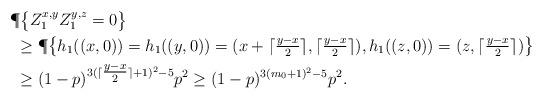
LaTeX: \begin{align*}&\P\big\{Z_{1}^{x,y}Z_{1}^{y,z}=0 \big\}\\&~\geq \P\big\{h_{1}((x,0))=h_{1}((y,0))=(x+\lceil\tfrac{y-x}{2}\rceil,\lceil\tfrac{y-x}{2}\rceil),h_{1}((z,0))=(z,\lceil\tfrac{y-x}{2}\rceil) \big\}\\&~\geq (1-p)^{3(\lceil\tfrac{y-x}{2}\rceil +1)^{2}-5}p^{2}\geq (1-p)^{3(m_{0}+1)^{2}-5}p^{2}.\end{align*}